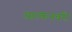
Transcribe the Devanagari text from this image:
आल्कनबरी